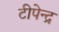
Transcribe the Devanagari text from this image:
टीपेन्द्र